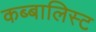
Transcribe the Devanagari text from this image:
कब्बालिस्ट